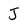
Character: J